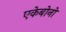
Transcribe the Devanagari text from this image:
एकेबोनो